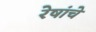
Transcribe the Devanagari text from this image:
रेषांचे